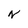
Character: N